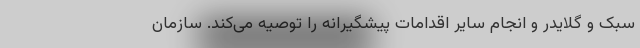
سبک و گلایدر و انجام سایر اقدامات پیشگیرانه را توصیه می‌کند. سازمان